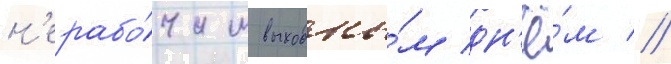
н'ерабо́чим выходны́м дн'ё́м //